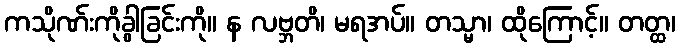
ကသိုဏ်းကိုခွါခြင်းကို။ န လဗ္ဘတိ၊ မရအပ်။ တသ္မာ၊ ထိုကြောင့်။ တတ္ထ၊